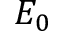
E _ { 0 }